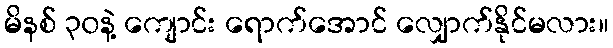
မိနစ် ၃၀နဲ့ ကျောင်း ရောက်အောင် လျှောက်နိုင်မလား။